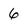
Character: 6